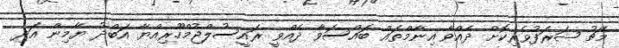
މެޗު ޝަރަފުވެރިކޮށް ދެއްވާ އިނާމްތައް ބައްސަވާ ދެއްވީ ރައީސުލްޖުމްހޫރިއްޔާ އަބްދު ޔާމިން އަދި